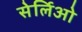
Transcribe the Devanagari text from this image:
सेर्लिओ